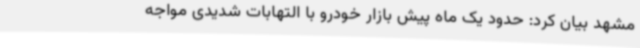
مشهد بیان کرد: حدود یک ماه پیش بازار خودرو با التهابات شدیدی مواجه